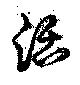
活